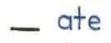
- ate